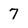
Character: 7